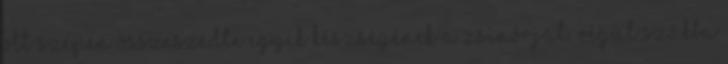
ott szépen összeszedte egyik készségének a zsinórját. Végül szákba